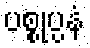
ပစ္စုပ္ပနံ